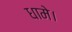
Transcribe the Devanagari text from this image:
धामे।